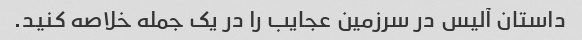
داستان آلیس در سرزمین عجایب را در یک جمله خلاصه کنید.